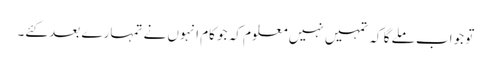
تو جواب ملے گا کہ تمہیں نہیں معلوم کہ جو کام انہوں نے تمہارے بعد کئے۔